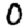
Digit: 0